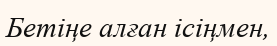
Бетіңе алған ісіңмен,